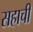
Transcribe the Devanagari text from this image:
सहाची